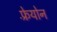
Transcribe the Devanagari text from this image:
फ़्रेयोन